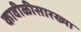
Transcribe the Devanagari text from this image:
कावीळीसारख्या